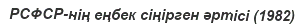
РСФСР-нің еңбек сіңірген әртісі (1982)